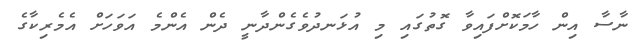
ނާސާ އިން ހާމަކޮށްފައިވާ ގޮތުގައި މި އުޅަނދުވެގެންދާނީ ދެން އެންމެ އަވަހަށް އެމެރިކާގެ